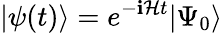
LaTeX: |\psi(t)\rangle=e^{-\mathbf{i}\mathcal{{H}}t}|\Psi_{0}\rangle